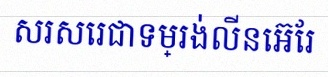
សរសេរជាទម្រង់លីនេអ៊ែរ